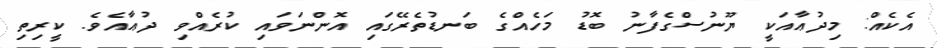
އެކެއް: މިދުޢާއަކީ ޔޫނުސްގެފާނު ބޮޑު މަހެއްގެ ބަނޑުތެރޭގައި އޮންނަވައި ކުރެއްވި ދުޢާއެވެ. ކީރިތި